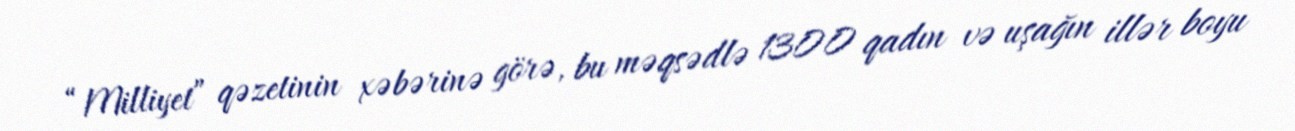
“Milliyet” qəzetinin xəbərinə görə, bu məqsədlə 1300 qadın və uşağın illər boyu